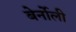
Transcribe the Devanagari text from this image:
बेर्नोली